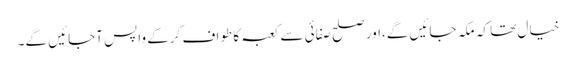
خیال تھا کہ مکہ جائیں گے،اور صلح صفائی سے کعبہ کا طواف کرکے واپس آجائیں گے۔